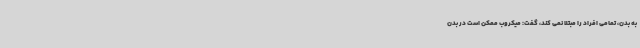
به بدن، تمامی افراد را مبتلا نمی کند، گفت: میکروب ممکن است در بدن